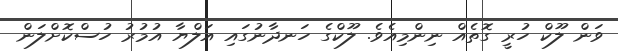
ވަން ލޫކް ހުރީ ގޮތެއް ނިންމިއެވެ. ލޫކްގެ ހަނދާނުގައި އަލްޔާ އުމުރު ހުސްކޮށްލަން